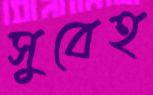
সুবেহ